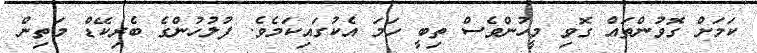
ކަމަށް ގޮވުންތައް ގޮވި މީހުންވެސް ތިބީ ހަމަ އެކުގައިކަމެވެ. ފުލުހުންގެ ބެރިކޭޑް މަތިން